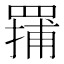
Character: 𬙤